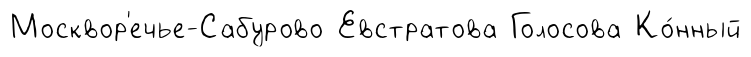
Москвор'ечье-Сабурово Евстратова Голосова Ко́нный